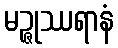
မဉ္ဇုဿရာနံ